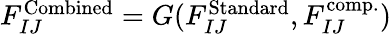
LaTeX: \begin{array}{r}{F_{IJ}^{\mathrm{Combined}}=G(F_{IJ}^{\mathrm{Standard}},F_{IJ}^{\mathrm{comp.}})}\end{array}